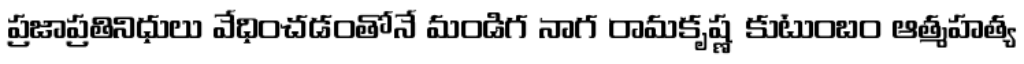
ప్రజాప్రతినిధులు వేధించడంతోనే మండిగ నాగ రామకృష్ణ కుటుంబం ఆత్మహత్య